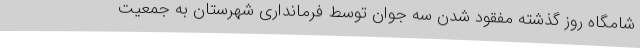
شامگاه روز گذشته مفقود شدن سه جوان توسط فرمانداری شهرستان به جمعیت